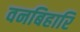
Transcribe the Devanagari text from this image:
वनबिहारि